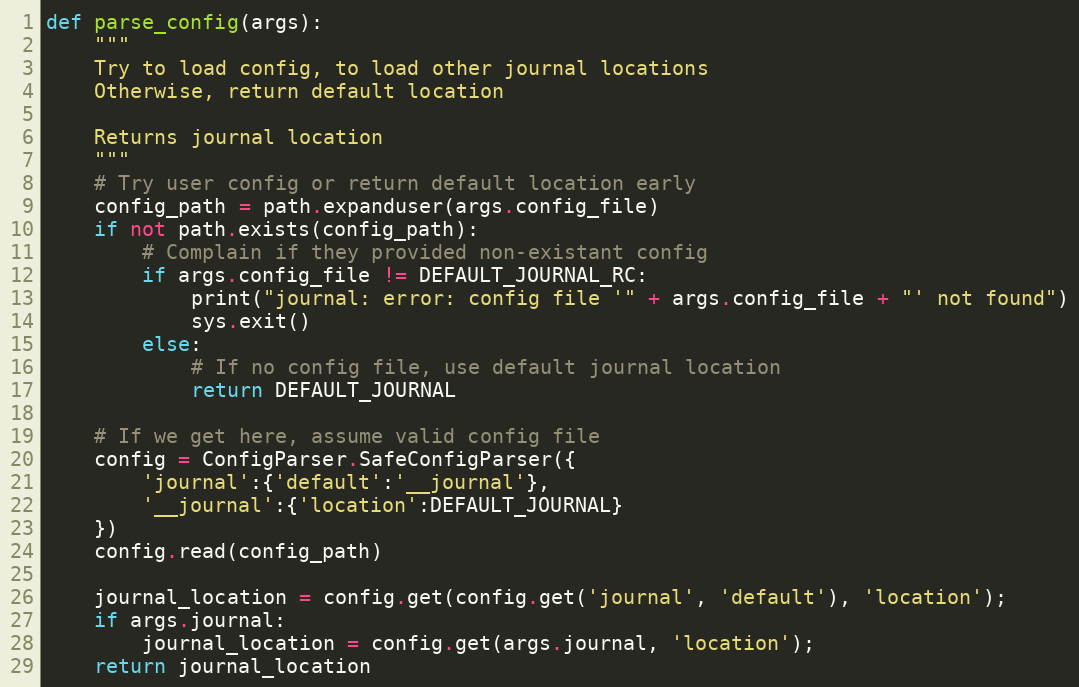
Language: Python
def parse_config(args):
    """
    Try to load config, to load other journal locations
    Otherwise, return default location

    Returns journal location
    """
    # Try user config or return default location early
    config_path = path.expanduser(args.config_file)
    if not path.exists(config_path):
        # Complain if they provided non-existant config
        if args.config_file != DEFAULT_JOURNAL_RC:
            print("journal: error: config file '" + args.config_file + "' not found")
            sys.exit()
        else:
            # If no config file, use default journal location
            return DEFAULT_JOURNAL

    # If we get here, assume valid config file
    config = ConfigParser.SafeConfigParser({
        'journal':{'default':'__journal'},
        '__journal':{'location':DEFAULT_JOURNAL}
    })
    config.read(config_path)

    journal_location = config.get(config.get('journal', 'default'), 'location');
    if args.journal:
        journal_location = config.get(args.journal, 'location');
    return journal_location